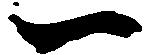
一